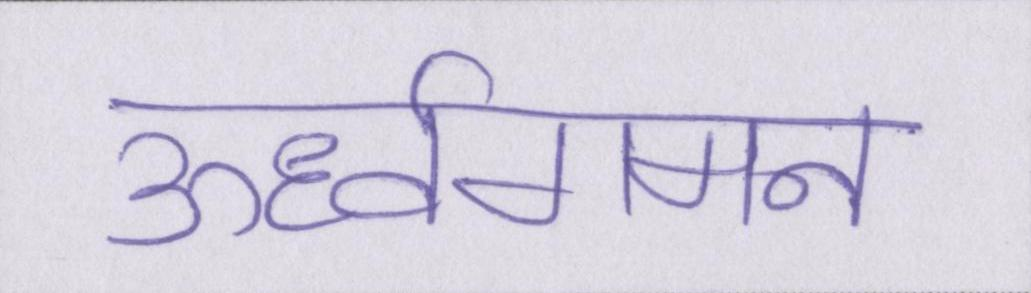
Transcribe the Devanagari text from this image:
ऊर्ध्वगमन